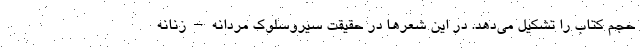
حجم کتاب را تشکیل می‌دهد. در این شعرها در حقیقت سیروسلوک مردانه–زنانه